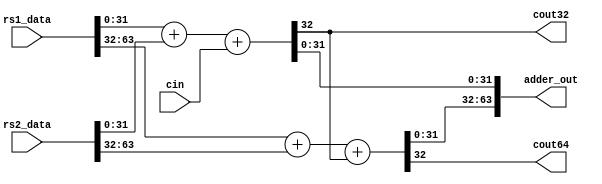
module sparc_exu_aluadder64
  (
   rs1_data,
   rs2_data,
   cin,
   adder_out,
   cout32,
   cout64
   );

   input [63:0]  rs1_data;   // 1st input operand
   input [63:0]  rs2_data;   // 2nd input operand
   input         cin;           // carry in

   output [63:0] adder_out; // result of adder
   output         cout32;         // Cout from lower 32 bit add
   output         cout64;         // cout from 64 bit add


////////////////////////////////////////////
//  Module implementation
////////////////////////////////////////////

   assign      {cout32, adder_out[31:0]} = rs1_data[31:0]+rs2_data[31:0]+
                                           cin;
   assign      {cout64, adder_out[63:32]} = rs1_data[63:32] 
               + rs2_data[63:32] + cout32;

endmodule